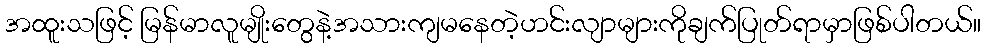
အထူးသဖြင့် မြန်မာလူမျိုးတွေနဲ့အသားကျမနေတဲ့ဟင်းလျာများကိုချက်ပြုတ်ရာမှာဖြစ်ပါတယ်။